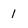
Character: 1